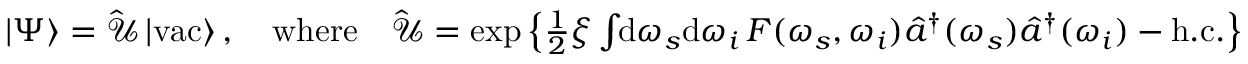
\begin{array} { r } { | \Psi \rangle = \hat { \mathcal { U } } \, | \mathrm { v a c } \rangle \, , \quad \mathrm { w h e r e } \quad \hat { \mathcal { U } } = \exp \left\{ \frac { 1 } { 2 } \xi \int \! \! \mathrm { d } \omega _ { s } \mathrm { d } \omega _ { i } \, F ( \omega _ { s } , \omega _ { i } ) \hat { a } ^ { \dagger } ( \omega _ { s } ) \hat { a } ^ { \dagger } ( \omega _ { i } ) - \mathrm { h . c . } \right\} } \end{array}